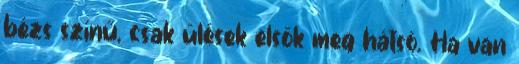
bézs színű, csak ülések elsők meg hátsó. Ha van